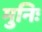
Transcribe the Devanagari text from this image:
मुनिः